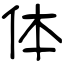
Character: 体